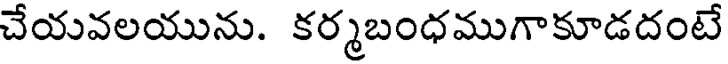
చేయవలయును. కర్మబంధముగాకూడదంటే